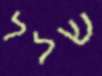
שלל